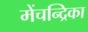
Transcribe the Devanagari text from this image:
मेंचन्द्रिका